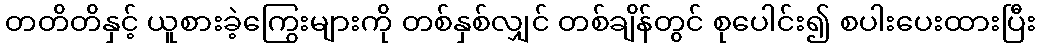
တတိတိနှင့် ယူစားခဲ့ကြွေးများကို တစ်နှစ်လျှင် တစ်ချိန်တွင် စုပေါင်း၍ စပါးပေးထားပြီး